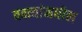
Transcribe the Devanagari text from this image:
वक्त्यांमधील